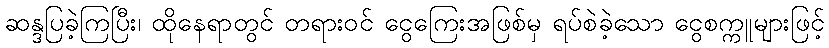
ဆန္ဒပြခဲ့ကြပြီး၊ ထိုနေရာတွင် တရားဝင် ငွေကြေးအဖြစ်မှ ရပ်စဲခဲ့သော ငွေစက္ကူများဖြင့်